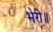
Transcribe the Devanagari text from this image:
भेरी॥